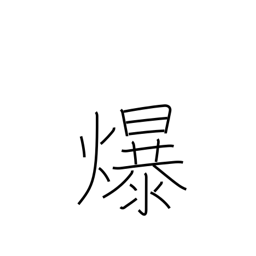
Meaning: split